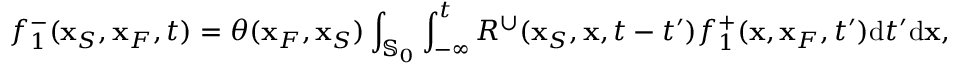
f _ { 1 } ^ { - } ( { \bf x } _ { S } , { \bf x } _ { F } , t ) = \theta ( { \bf x } _ { F } , { \bf x } _ { S } ) \int _ { { \mathbb { S } _ { 0 } } } \int _ { - \infty } ^ { t } R ^ { \cup } ( { \bf x } _ { S } , { \bf x } , t - t ^ { \prime } ) f _ { 1 } ^ { + } ( { \bf x } , { \bf x } _ { F } , t ^ { \prime } ) \mathrm { d } t ^ { \prime } \mathrm { d } { \bf x } ,